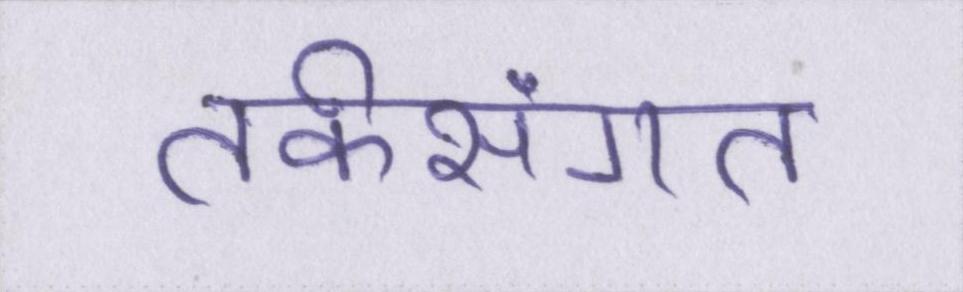
तर्कसंगत